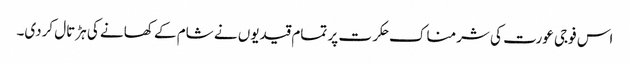
اس فوجی عورت کی شرمناک حکرت پر تمام قیدیوں نے شام کے کھانے کی ہڑتال کردی۔